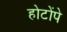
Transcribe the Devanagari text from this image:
होटोंपे